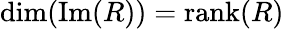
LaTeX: \mathrm{dim(Im}(R))=\mathrm{rank}(R)